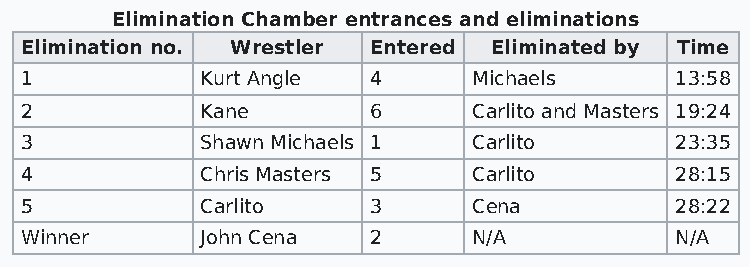
Elimination Chamber entrances and eliminations
 Elimination no. Wrestler Entered Eliminated by Time
 1           Kurt Angle  4     Michaels      13:58
 2           Kane        6     Carlito and Masters 19:24
 3           Shawn Michaels 1  Carlito       23:35
 4           Chris Masters 5   Carlito       28:15
 5           Carlito     3     Cena          28:22
 Winner      John Cena   2     N/A           N/A